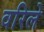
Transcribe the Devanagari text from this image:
वरिले